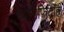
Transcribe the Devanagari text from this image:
ध्वनिफितीही